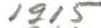
1915